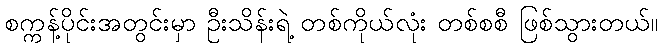
စက္ကန့်ပိုင်းအတွင်းမှာ ဦးသိန်းရဲ့ တစ်ကိုယ်လုံး တစ်စစီ ဖြစ်သွားတယ်။